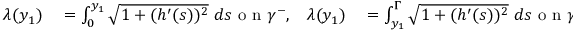
\begin{array} { r l r l } { \lambda ( y _ { 1 } ) } & { { } = \int _ { 0 } ^ { y _ { 1 } } \sqrt { 1 + ( h ^ { \prime } ( s ) ) ^ { 2 } } \ d s \textnormal { o n } \gamma ^ { - } , } & { \lambda ( y _ { 1 } ) } & { { } = \int _ { y _ { 1 } } ^ { \Gamma } \sqrt { 1 + ( h ^ { \prime } ( s ) ) ^ { 2 } } \ d s \textnormal { o n } \gamma ^ { + } } \end{array}